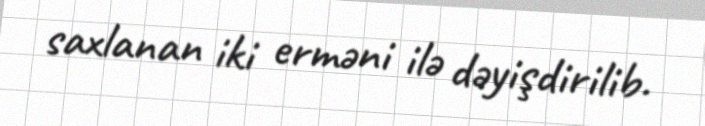
saxlanan iki erməni ilə dəyişdirilib.